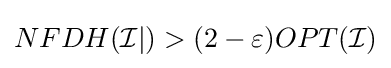
NFDH({\mathcal {I}}|)>(2-\varepsilon )OPT({\mathcal {I}})